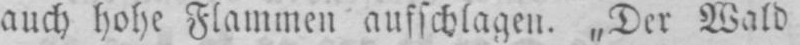
auch hohe Flammen aufschlagen. „Der Wald